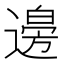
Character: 𮞾